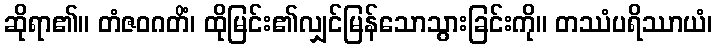
ဆိုရာ၏။ တံဇဝဂတိံ၊ ထိုမြင်း၏လျှင်မြန်သောသွားခြင်းကို။ တဿံပရိဿာယံ၊